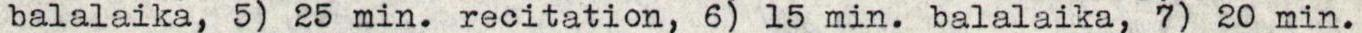
balalaika, 5) 25 min. recitation, 6) 15 min. balalaika, 7) 20 min.